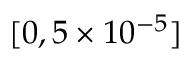
[ 0 , 5 \times 1 0 ^ { - 5 } ]